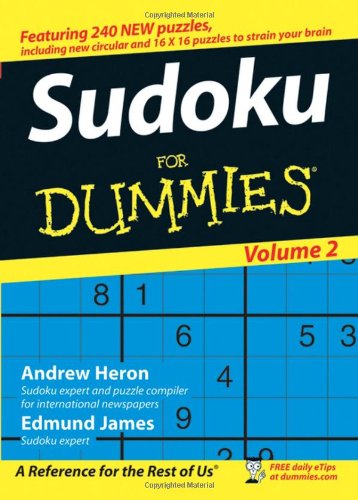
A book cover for Sudoku For Dummies, Volume 2; Andrew Heron; Humor & Entertainment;